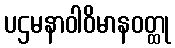
ပဌမနာဝါဝိမာနဝတ္ထု